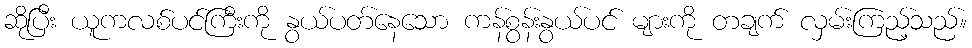
ဆိုပြီး ယူကလစ်ပင်ကြီးကို နွယ်ပတ်နေသော ကန်စွန်းနွယ်ပင် များကို တချက် လှမ်းကြည့်သည်။